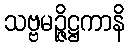
သဗ္ဗမဉ္ဇိဋ္ဌကာနိ